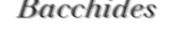
Bacchides